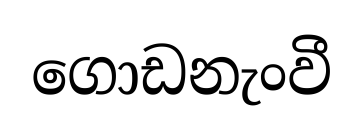
ගොඩනැංවී